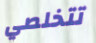
تتخلصي